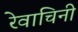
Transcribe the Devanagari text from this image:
रेवाचिनी